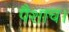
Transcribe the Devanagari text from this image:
पैशाच।